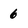
Character: 6